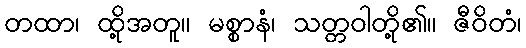
တထာ၊ ထို့အတူ။ မစ္စာနံ၊ သတ္တဝါတို့၏။ ဇီဝိတံ၊